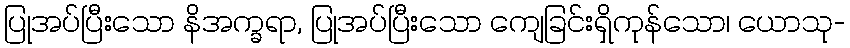
ပြုအပ်ပြီးသော နိအက္ခရာ, ပြုအပ်ပြီးသော ကျေခြင်းရှိကုန်သော၊ ယောသု-